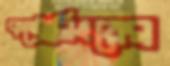
কন্ট্রোলিংয়ের